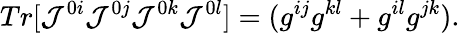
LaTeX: Tr[{\cal{J}}^{0i}{\cal{J}}^{0j}{\cal{J}}^{0k}{\cal{J}}^{0l}]=(g^{ij}g^{kl}+g^{il}g^{jk}).